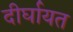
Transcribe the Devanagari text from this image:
दीर्घायत